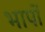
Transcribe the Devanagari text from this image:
भापों